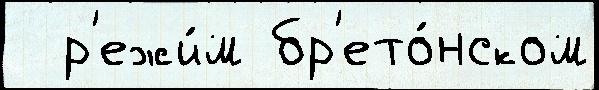
  р'ежи́м бр'ето́нском